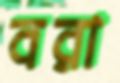
বরা